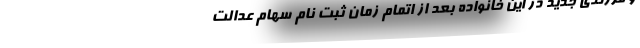
و فرزندی جدید در این خانواده بعد از اتمام زمان ثبت نام سهام عدالت